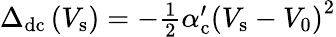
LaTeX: \begin{array}{r}{\Delta_{\mathrm{dc}}\left(V_{\mathrm{s}}\right)=-\frac{1}{2}\alpha_{\mathrm{c}}^{\prime}\left(V_{\mathrm{s}}-V_{0}\right)^{2}}\end{array}